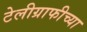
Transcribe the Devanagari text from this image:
टेलीग्राफीच्या